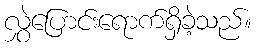
လွှဲပြောင်းရောက်ရှိခဲ့သည်။